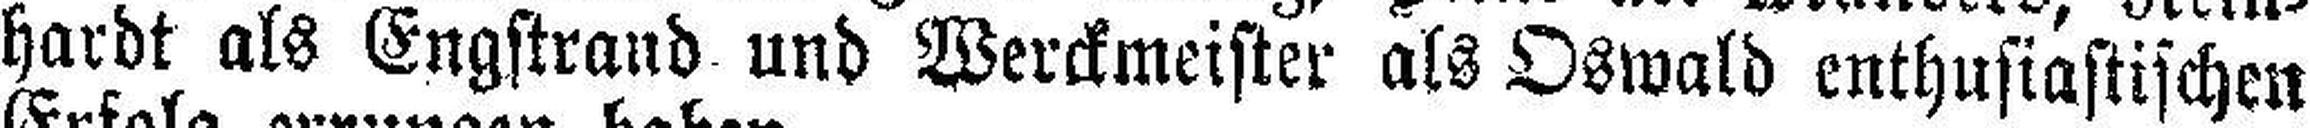
hardt als Engstrand und Werckmeister als Oswald enthusiastischen